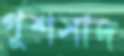
গুশসাদ